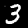
Label: 3